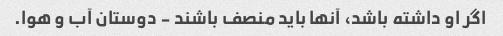
اگر او داشته باشد، آنها باید منصف باشند - دوستان آب و هوا.